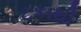
ટકાથી